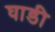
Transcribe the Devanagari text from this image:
घाडी